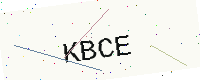
Text: KBCE